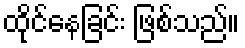
ထိုင်နေခြင်း ဖြစ်သည်။